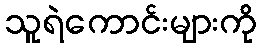
သူရဲကောင်းများကို